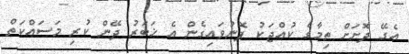
އެގޭ ދޮށަށް ތިމާގެ ކުއްޖަކު ފޮނުވައިގެން އެ ޚަބަރު ދޭން ކުރި މަސައްކަތް